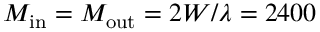
M _ { \mathrm { i n } } = M _ { \mathrm { o u t } } = 2 W / \lambda = 2 4 0 0